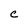
Character: C